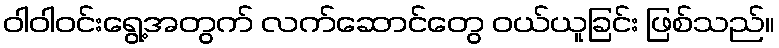
ဝါဝါဝင်းရွေ့အတွက် လက်ဆောင်တွေ ဝယ်ယူခြင်း ဖြစ်သည်။